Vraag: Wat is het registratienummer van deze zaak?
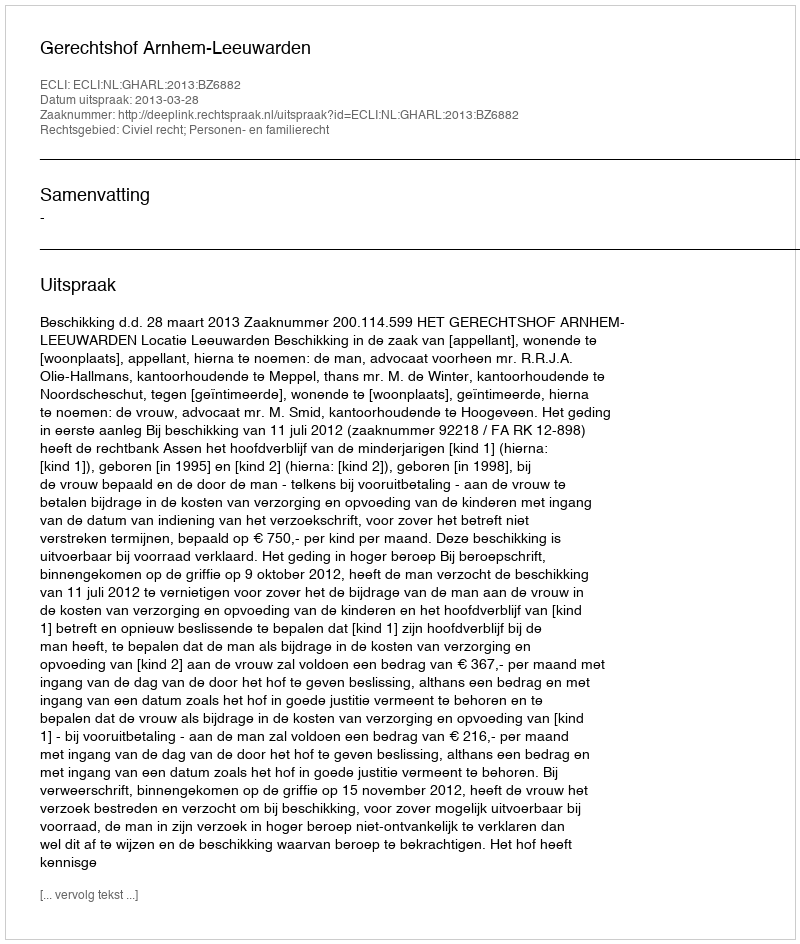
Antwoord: http://deeplink.rechtspraak.nl/uitspraak?id=ECLI:NL:GHARL:2013:BZ6882